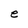
Character: e